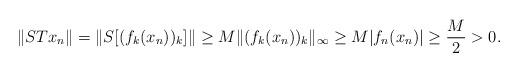
LaTeX: \begin{align*} \|STx_n\|=\|S[(f_k(x_n))_k]\|\ge M\|(f_k(x_n))_k\|_\infty\ge M|f_n(x_n)|\ge\frac{M}{2}>0.\end{align*}